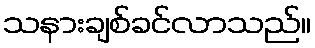
သနားချစ်ခင်လာသည်။